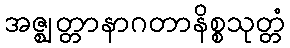
အဇ္ဈတ္တာနာဂတာနိစ္စသုတ္တံ